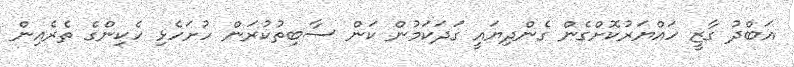
އަބްދު ގާޒީ ހައްޔަރުކޮށްގެން ގެންދިޔައީ ގަދަކަމުން ކަން ސާބިތުކުރަން ހުށަހެޅި ހެކިންގެ ތެރެއިން